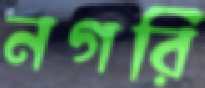
নগরি